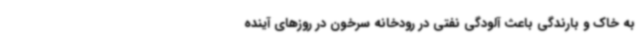
به خاک و بارندگی باعث آلودگی نفتی در رودخانه سرخون در روزهای آینده